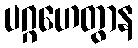
ပဂ္ဂဟေတွာန